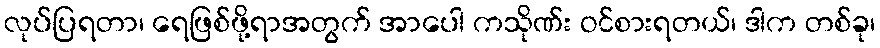
လုပ်ပြရတာ၊ ရေဖြစ်ဖို့ရာအတွက် အာပေါ ကသိုဏ်း ဝင်စားရတယ်၊ ဒါက တစ်ခု၊